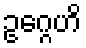
ဥဂ္ဂေဟိ